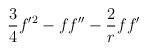
LaTeX: \begin{align*}{3 \over 4} f'^2- f f'' - {2 \over r} ff'\end{align*}